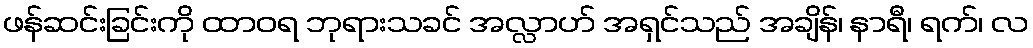
ဖန်ဆင်းခြင်းကို ထာဝရ ဘုရားသခင် အလ္လာဟ် အရှင်သည် အချိန်၊ နာရီ၊ ရက်၊ လ